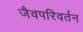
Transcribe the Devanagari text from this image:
जैवपरिवर्तन